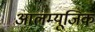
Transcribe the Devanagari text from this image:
आलम्यूजिक